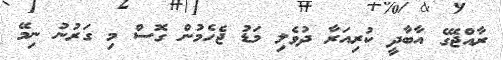
ރާއްޖޭގެ އާބާދީ ކުރިއަރާ ދުވެލި މަޑު ޖެހެމުން ގޮސް މި ގަރުނު ނިމޭ